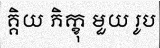
គ្គិយ ភិក្ខុ មួយ រូប